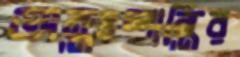
অন্তঃশান্তির